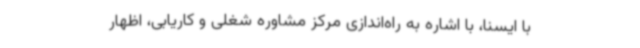
با ایسنا، با اشاره به راه‌اندازی مرکز مشاوره شغلی و کاریابی، اظهار